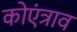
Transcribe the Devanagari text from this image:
कोएंत्राव